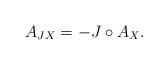
LaTeX: \begin{align*}A_{JX}=-J\circ A_X.\end{align*}